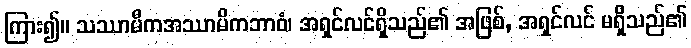
ကြား၍။ သဿာမီကအဿာမိကဘာဝံ၊ အရှင်လင်ရှိသည်၏ အဖြစ်, အရှင်လင် မရှိသည်၏